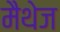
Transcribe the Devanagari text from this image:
मैथेज